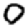
Digit: 0